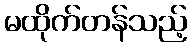
မထိုက်တန်သည့်